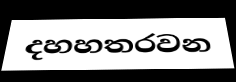
දහහතරවන